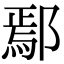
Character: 鄢